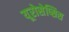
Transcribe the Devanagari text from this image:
यूरोसेप्सिस